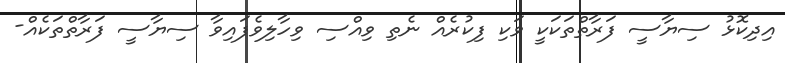
އިދިކޮޅު ސިޔާސީ ފަރާތްތަކަކީ ވަކި ފިކުރެއް ނެތި ވިއްސި ވިހާލިވެފައިވާ ސިޔާސީ ފަރާތްތަކެއް-